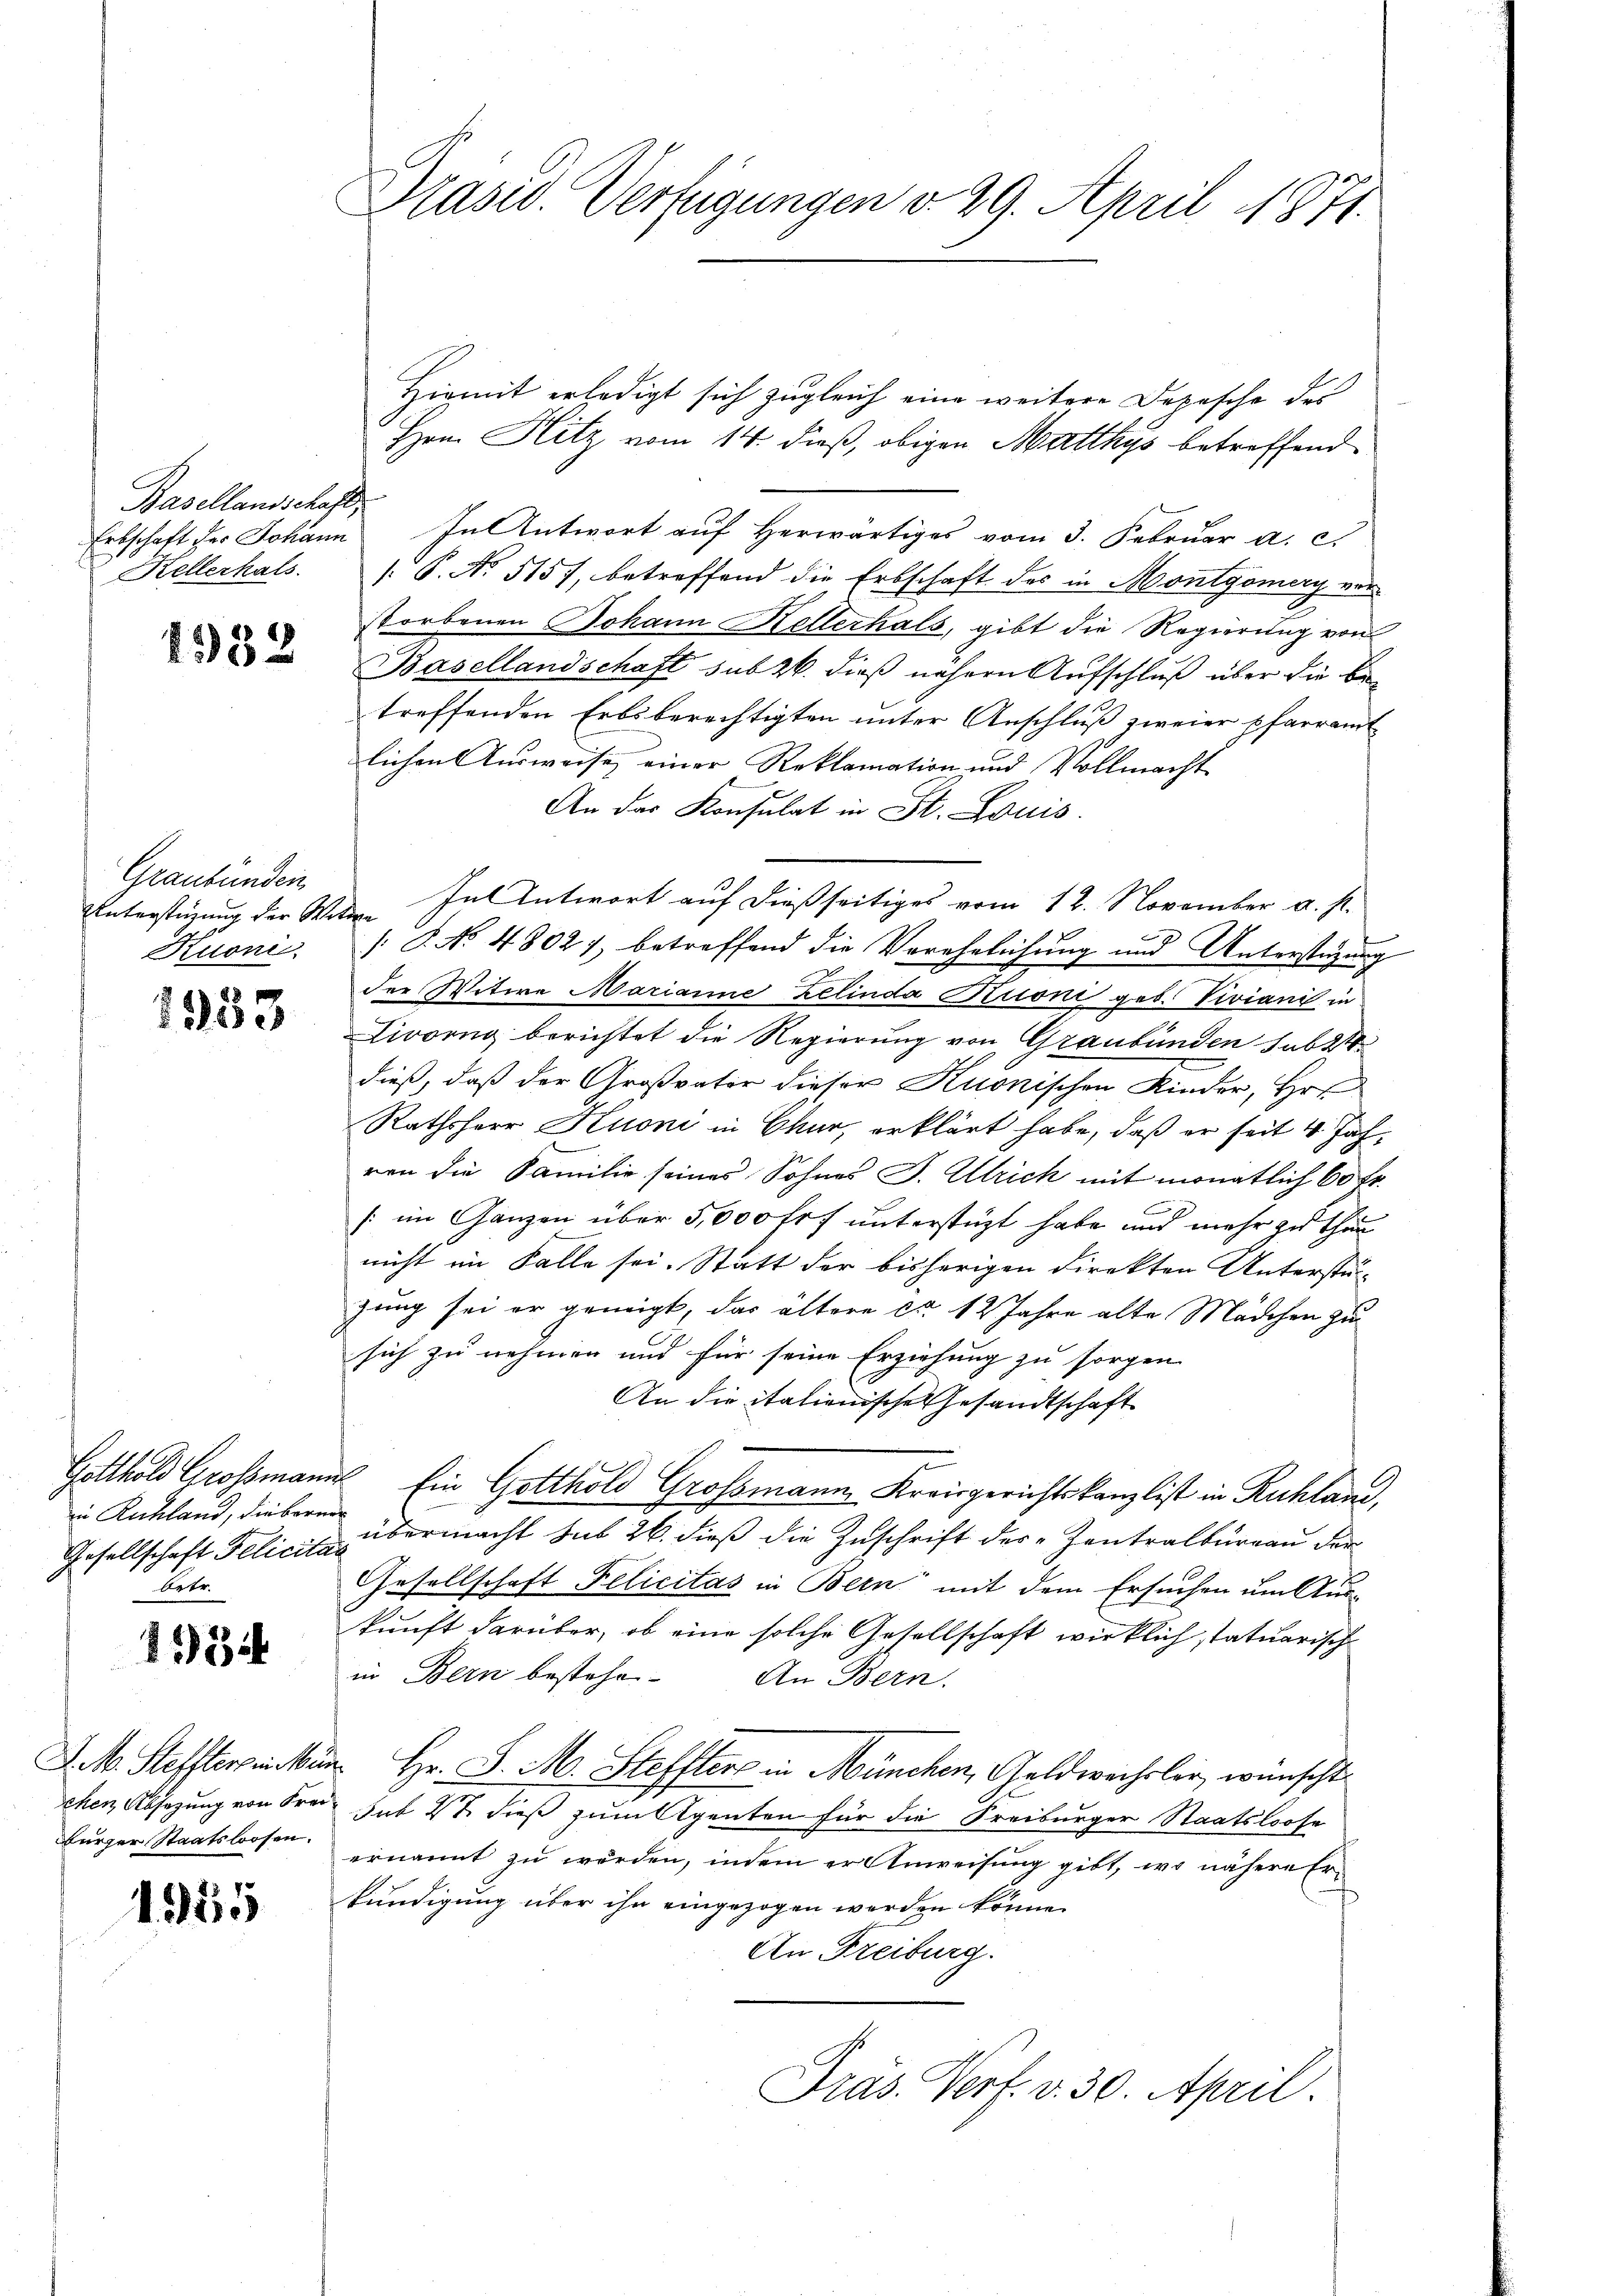
Basellandschaft,
Kellerhals

1982

Graubünden
Kuoni

1353

in Ruchland, die berna
betr.

1934

J. M. Steffterbricker
chen Absetzung von Frei
Bürger Staatslosen.

1525

Präsid. Verfügungen v. 29. April 1871.

Hiemit erledigt sich zugleich eine weitere Depesche des
Hrn. Hitz vom 14. dieß, obigen Matthys betreffend
Erbschaft der Johann In Antwort aŭf herwärtiges vom 3. Febrŭar a. c.
[S. No. 5157, betreffend die Erbschaft des in Montgomery vorstorbenen Johann Kellerhals, gibt die Regierung von
Basellandschaft sub 26. dieß nähern Aufschluß über die Be-
treffenden Erbsberechtigten unter Anschluß zweier pfarramt
lichen Ausweise einer Reklamation und Vollmacht
An das Konsulat in St. Louis
Unterstüzung der Witte. In Antwort auf dießseitiges vom 12. November a. s.
. 8. No 4802), betreffend die Verehelichung und Unterstüzung
der Witwe Marianne zelinda Kroni geb. Viviani in
Livornig berichtet die Regierung von Graubünden subst
dieß, daß der Großvator dieser Kuonischen Kinder, Hr.
Rathsherr Kuoni in Chur, erklärt habe, daß er seit 4 Jahven die Familie seines Sohnes J. Ulrich mit monatlich 60 Fr.
E
(im Ganzen über 5,000 fr f unterstüzt habe und mehr zu thun
nicht im Falle sei. Statt der bisherigen Direkten Unterstän-
zung sei er gemigt, das ältere c. 12 Jahre alte Mädchen zu
sich zu nehmen und für seine Erziehung zu sorgen.
An die itationische Gesandtschaft
Gotthold Grossmann Ein Gotthold Grossmann Kreisgerichtskanzlist in Ruhland,
Gesellschaft Pelicite übermacht sub 26. dieß die Zuschrift der „Zentralbureau der
Gesellschaft Felicitas in Bern mit dem Ersuchen um Auskunft darüber, ob eine solche Gesellschaft wirklich statuarische
in Bern bestehe. An Bern.
i Hr. J. M. Steffters in München, Geldwechsler wünscht.
sat V dieß zum Eigenten für die Freiburger Staatsloose
ernannt zu werden, indem er Anweisung gibt, wo nähere Er-
kündigung über ihn eingezogen werden könne.
An Freiburg.
Präs. Verf. v. 30. April.